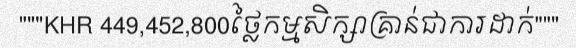
"""KHR 449,452,800ថ្លៃកម្មសិក្សាគ្រាន់ជាការដាក់"""